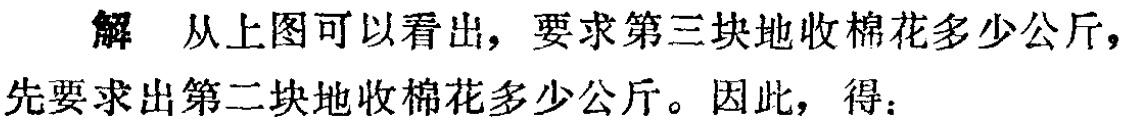
解 从上图可以看出，要求第三块地收棉花多少公斤，先要求出第二块地收棉花多少公斤。因此，得：